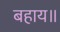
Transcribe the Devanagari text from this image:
बहाय॥